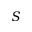
{ \cal S }